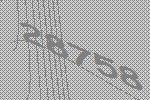
28758